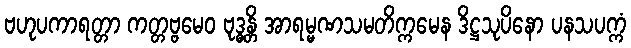
ဗဟုပကာရတ္တာ ကတ္တဗ္ဗမေဝ ဗုဒ္ဓန္တိ အာရမ္မဏသမတိက္ကမေန ဒိဋ္ဌသုပိနော ပနသပက္ကံ